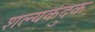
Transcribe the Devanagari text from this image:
शल्यकंदुक